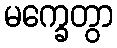
မက္ခေတွာ